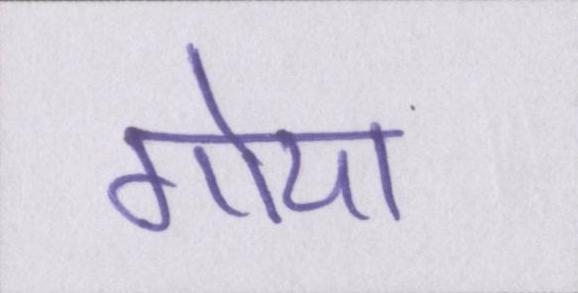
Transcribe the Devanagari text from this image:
गोया